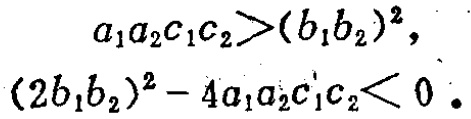
\[

\begin{align*}

a_{1}a_{2}c_{1}c_{2}&>(b_{1}b_{2})^{2},\\

(2b_{1}b_{2})^{2}-4a_{1}a_{2}c_{1}c_{2}&<0.

\end{align*}

\]